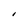
Character: I